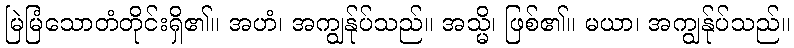
မြဲမြံသောတံတိုင်းရှိ၏။ အဟံ၊ အကျွန်ုပ်သည်။ အသ္မိ၊ ဖြစ်၏။ မယာ၊ အကျွန်ုပ်သည်။